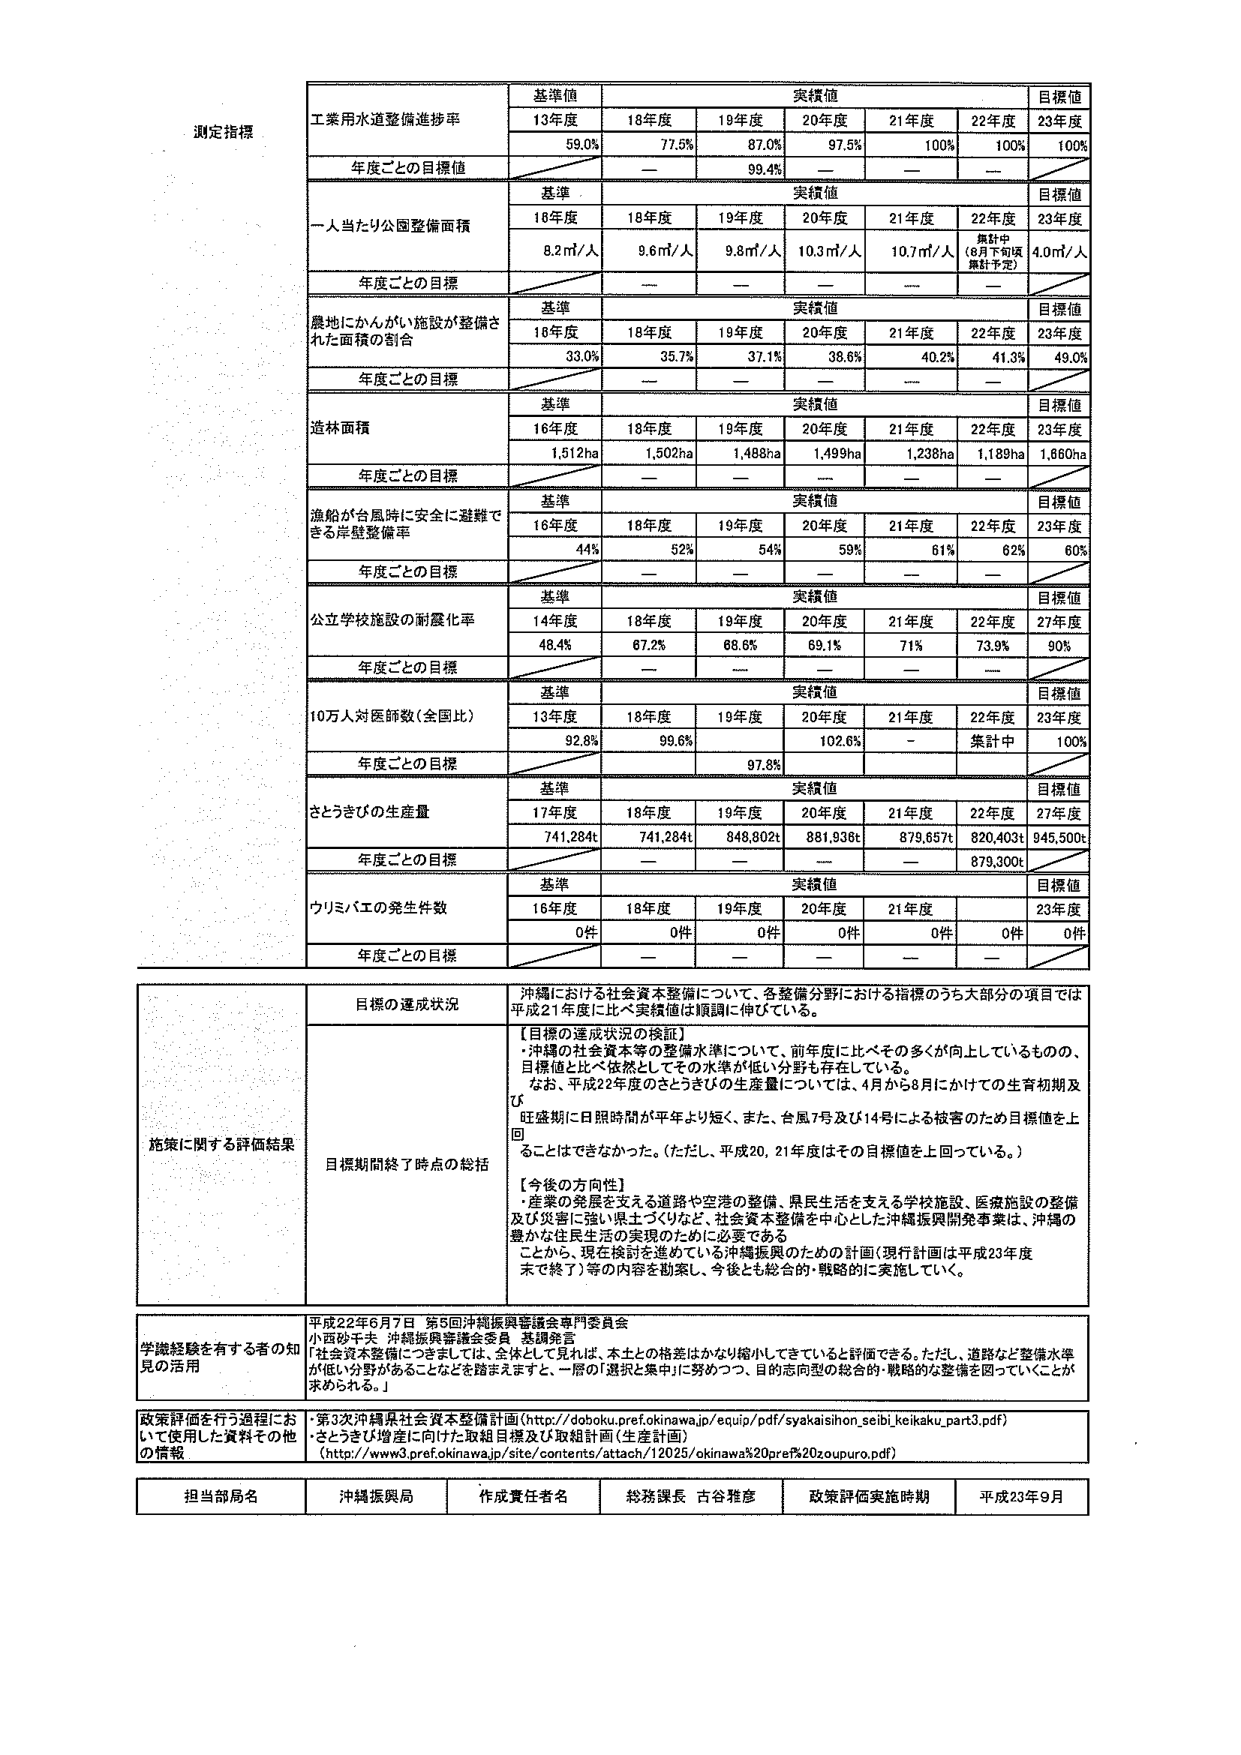
測定指標

基準値
実績値
目標値

工業用水道整備進捗率
13年度
18年度
19年度
20年度
21年度
22年度
23年度
59.0%
77.5%
87.0%
97.5%
100%
100%
100%

年度ごとの目標値
—
99.4%
—
—
—

基準
実績値
目標値

一人当たり公園整備面積
18年度
18年度
19年度
20年度
21年度
22年度
23年度
8.2㎡/人
9.6㎡/人
9.8㎡/人
10.3㎡/人
10.7㎡/人
集計中（8月下旬頃集計予定）
4.0㎡/人

年度ごとの目標
—
—
—
—

基準
実績値
目標値

農地にかんがい施設が整備された面積の割合
18年度
18年度
19年度
20年度
21年度
22年度
23年度
33.0%
35.7%
37.1%
38.6%
40.2%
41.3%
49.0%

年度ごとの目標
—
—
—
—

基準
実績値
目標値

造林面積
16年度
18年度
19年度
20年度
21年度
22年度
23年度
1,512ha
1,502ha
1,488ha
1,499ha
1,238ha
1,189ha
1,660ha

年度ごとの目標
—
—
—

基準
実績値
目標値

漁船が台風時に安全に避難できる岸壁整備率
16年度
18年度
19年度
20年度
21年度
22年度
23年度
44%
52%
54%
59%
61%
62%
60%

年度ごとの目標
—
—
—

基準
実績値
目標値

公立学校施設の耐震化率
14年度
18年度
19年度
20年度
21年度
22年度
27年度
48.4%
67.2%
68.6%
69.1%
71%
73.9%
90%

年度ごとの目標
—

基準
実績値
目標値

10万人対医師数（全国比）
13年度
18年度
19年度
20年度
21年度
22年度
23年度
92.8%
99.6%
102.6%
—
集計中
100%

年度ごとの目標
97.8%

基準
実績値
目標値

さとうきびの生産量
17年度
18年度
19年度
20年度
21年度
22年度
27年度
741,284t
741,284t
848,802t
881,936t
879,657t
820,403t
945,500t

年度ごとの目標
—
—
—
—
879,300t

基準
実績値
目標値

ウリミバエの発生件数
16年度
18年度
19年度
20年度
21年度
23年度
0件
0件
0件
0件
0件
0件

年度ごとの目標
—

施策に関する評価結果

目標の達成状況
沖縄における社会資本整備について、各整備分野における指標のうち大部分の項目では平成21年度に比べ実績値は順調に伸びている。

【目標の達成状況の検証】
・沖縄の社会資本等の整備水準について、前年度に比べその多くが向上しているものの、目標値に比べ依然としてその水準が低い分野も存在している。
・なお、平成22年度のさとうきびの生産量については、4月から8月にかけての生育初期及び旺盛期に日照時間が平年より短く、また、台風7号及び14号による被害のため目標値を上回ることはできなかった。（ただし、平成20、21年度はその目標値を上回っている。）

【今後の方向性】
・産業の発展を支える道路や空港の整備、県民生活を支える学校施設、医療施設の整備及び災害に強い県土づくりなど、社会資本整備を中心とした沖縄振興開発事業は、沖縄の豊かな住民生活の実現のために必要である
・ことから、現在検討を進めている沖縄振興のための計画（現行計画は平成23年度末で終了）等の内容を勘案し、今後とも総合的・戦略的な整備を図っていく。

学識経験を有する者の知見の活用
平成22年6月7日 第5回沖縄振興等議会専門委員会
小西砂千夫 沖縄振興審議会委員 其調査言
「社会資本整備につきましては、全体として見れば、本土との格差はかなり縮小してきていると評価できる。ただし、道路など整備水準が低い分野があることなどを踏まえますと、一層の「選択と集中」に努めつつ、目的志向型の総合的・戦略的な整備を図っていくことが求められる。」

政策評価を行う過程において使用した資料その他的情報
・第3次沖縄県社会資本整備計画（http://doboku.prefokinawa.jp/equip/pdf/syakaisihon_seibi_keikaku_part3.pdf）
・さとうきび増産に向けた取組目標及び取組計画（生産計画）
（http://www3.pref.okinawa.jp/site/contents/attach/12025/okinawa%20pref%20zoupuro.pdf）

担当部局名
沖縄振興局
作成責任者名
総務課長 古谷雅彦
政策評価実施時期
平成23年9月